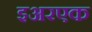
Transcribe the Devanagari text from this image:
इअरएक